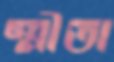
স্মীতা